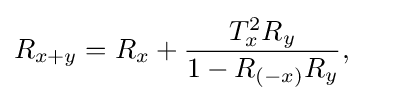
R_{x+y}=R_{x}+{\frac {T_{x}^{2}R_{y}}{1-R_{(-x)}R_{y}}},\qquad